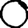
Digit: 0